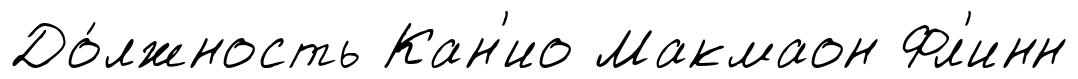
До́лжность Кан'ио Макмаон Фл'инн